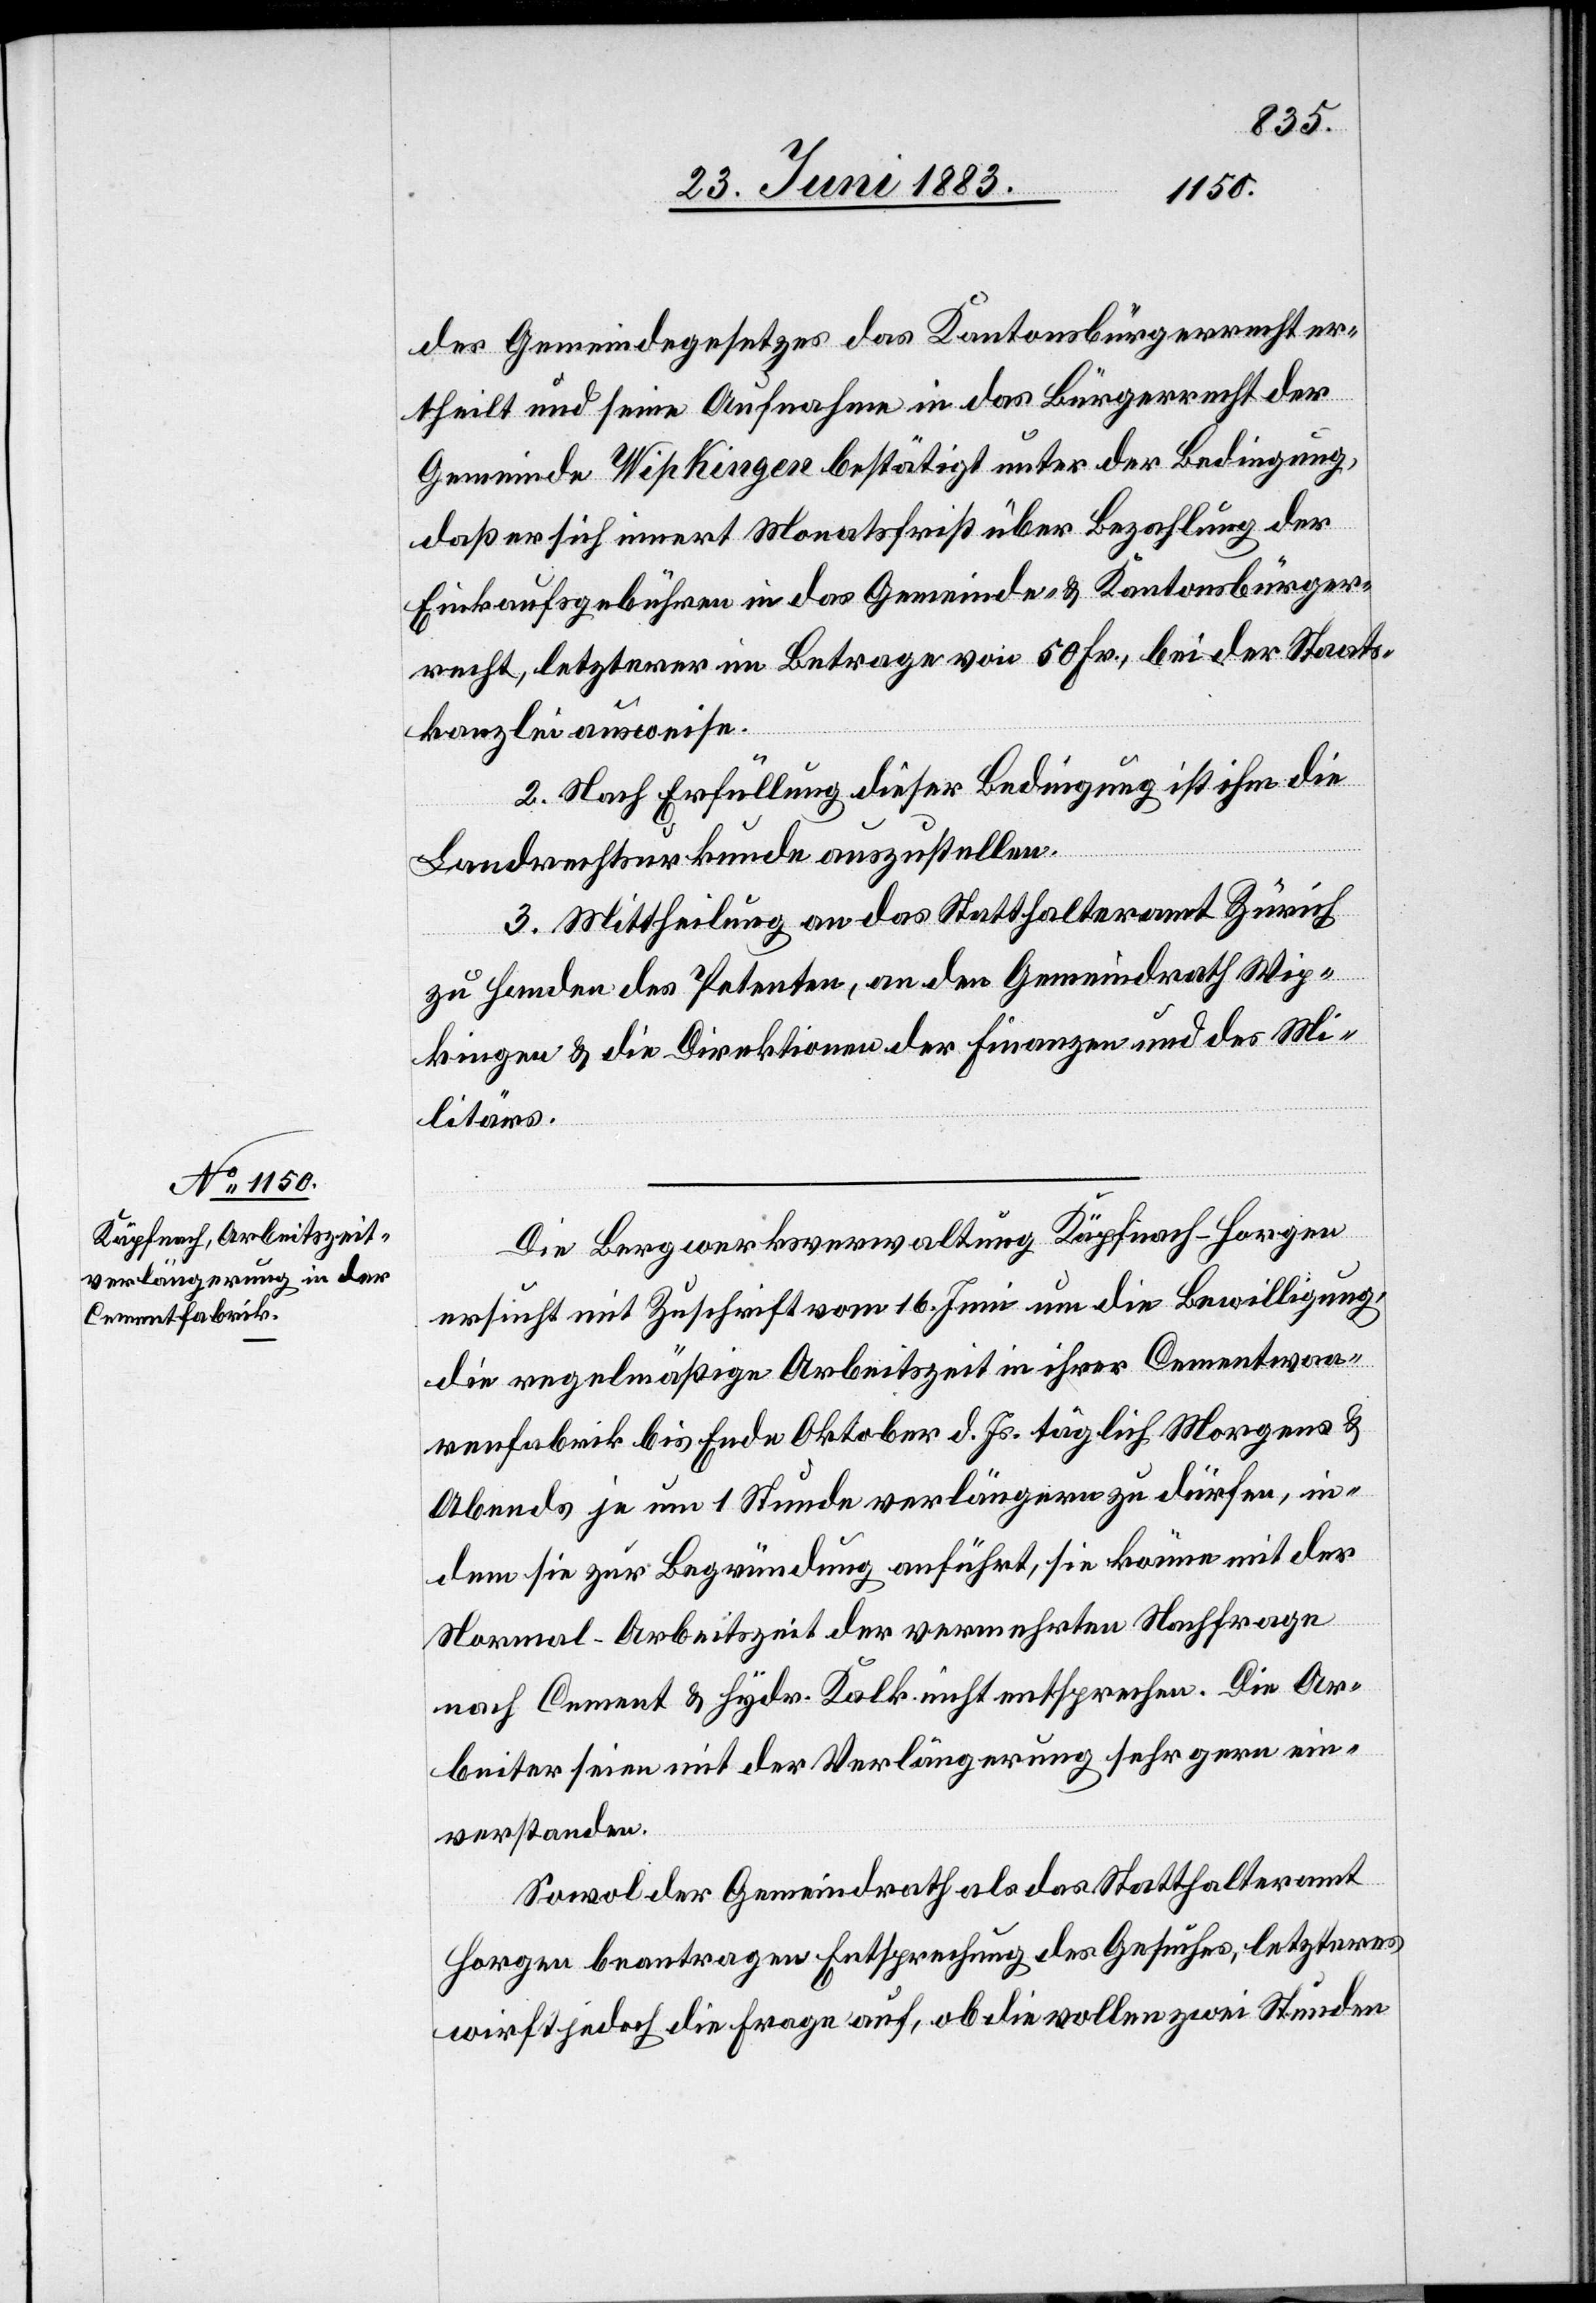
des Gemeindegesetzes das Kantonsbürgerrecht er¬
theilt und seine Aufnahme in das Bürgerrecht der
Gemeinde Wipkingen bestätigt unter der Bedingung,
daß er sich innert Monatsfrist über Bezahlung der
Einkaufsgebühren in das Gemeinde- & Kantonsbürger¬
recht, letzterer im Betrage von 50 Fr., bei der Staats¬
kanzlei ausweise.
2. Nach Erfüllung dieser Bedingung ist ihm die
Landrechtsurkunde auszustellen.
3. Mittheilung an das Statthalteramt Zürich
zu Handen des Petenten, an den Gemeindrath Wip¬
kingen & die Direktionen der Finanzen und des Mi¬
litärs.
Die Bergwerksverwaltung Käpfnach - Horgen
ersucht mit Zuschrift vom 16. Juni um die Bewilligung,
die regelmäßige Arbeitszeit in ihrer Cementwaa¬
renfabrik bis Ende Oktober d. Js. täglich Morgens &
Abends je um 1 Stunde verlängern zu dürfen, in¬
dem sie zur Begründung anführt, sie könne mit der
Normal-Arbeitszeit der vermehrten Nachfrage
nach Cement & hydr. Kalk nicht entsprechen. Die Ar¬
beiter seien mit der Verlängerung sehr gern ein¬
verstanden.
Sowol der Gemeindrath als das Statthalteramt
Horgen beantragen Entsprechung des Gesuches, letzteres
wirft jedoch die Frage auf, ob die vollen zwei Stunden